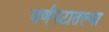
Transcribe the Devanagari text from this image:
वर्णपटातल्या